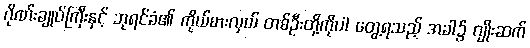
ဂိုဏ်းချုပ်ကြီးနှင့် ဘုရင်ခံ၏ ကိုယ်စားလှယ် တစ်ဦးတို့ကိုပါ တွေ့ရသည့် အခါ၌ ဂျိုးဆက်